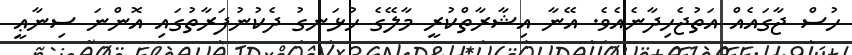
ހުސް ޖާގައެއް އަތުޖެހިދާނެއެވެ. އޭނާ އިޝާރާތްކުރީ މާލޭގެ ހުޅަނގު ދެކުނުފަރާތުގައި އޮންނަ ސިނާޢީ